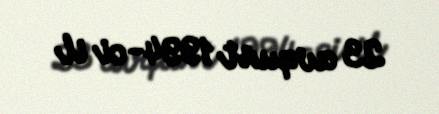
23 avqust 1994-ci il